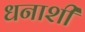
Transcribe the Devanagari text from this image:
धनाशी